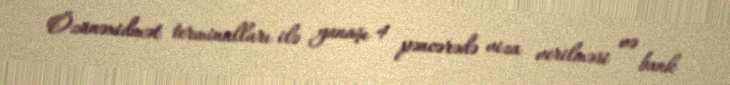
Özünəxidmət terminalları ilə yanaşı 4 pəncərədə viza verilməsi və bank